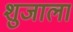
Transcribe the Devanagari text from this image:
शुजाला